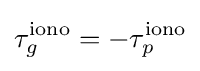
\tau _{g}^{\mathrm {iono} }=-\tau _{p}^{\mathrm {iono} }